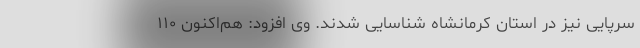
سرپایی نیز در استان کرمانشاه شناسایی شدند. وی افزود: هم‌اکنون ۱۱۰